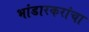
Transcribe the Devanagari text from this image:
भांडारकरांचा